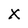
Character: X